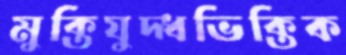
মুক্তিযুদ্ধভিক্তিক